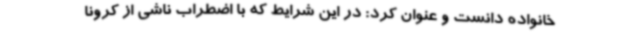
خانواده دانست و عنوان کرد: در این شرایط که با اضطراب ناشی از کرونا